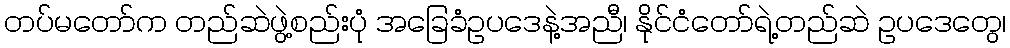
တပ်မတော်က တည်ဆဲဖွဲ့စည်းပုံ အခြေခံဥပဒေနဲ့အညီ၊ နိုင်ငံတော်ရဲ့တည်ဆဲ ဥပဒေတွေ၊